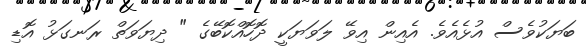
ބަޔަކުވެސް އުޅެއެވެ. އެއިން އިވޭ ލަވަޔަކީ ދޮހޮއްކޮބޭގެ " ދިޔަވަތް ރަނގަޅު އޮޑި